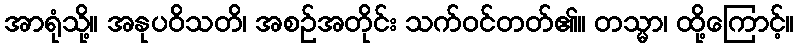
အာရုံသို့။ အနုပဝိသတိ၊ အစဉ်အတိုင်း သက်ဝင်တတ်၏။ တသ္မာ၊ ထို့ကြောင့်။